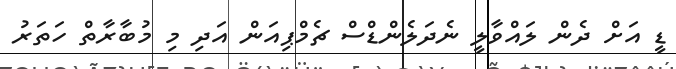
ޑީ އަށް ދެން ލައްވާލީ ނެދަލެންޑްސް ޗެމްޕިއަން އަދި މި މުބާރާތް ހަތަރު